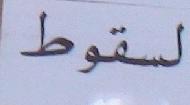
لسقوط